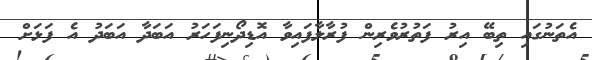
އެތަނުގައި ތިބޭ އިރު ފަތުރުވެރިން ފުރާލާފައިވާ އޮޑިދޯނިފަހަރު އަބަދާ އަބަދު އެ ފަޅަށް